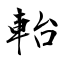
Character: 軩